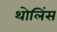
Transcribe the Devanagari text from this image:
थोलिंस